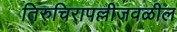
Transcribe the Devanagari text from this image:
तिरुचिरापल्लीजवळील